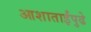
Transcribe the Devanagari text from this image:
आशाताईंपुढे